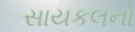
સાયકલનો